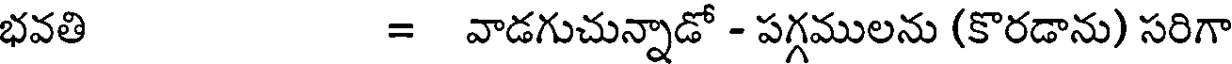
భవతి = వాడగుచున్నాడో - పగ్గములను (కొరడాను) సరిగా